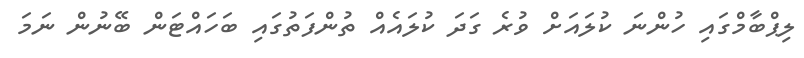
ލިޕްބާމްގައި ހުންނަ ކުލައަށް ވުރެ ގަދަ ކުލައެއް ތުންފަތުގައި ބަހައްޓަން ބޭނުން ނަމަ